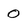
Character: 0